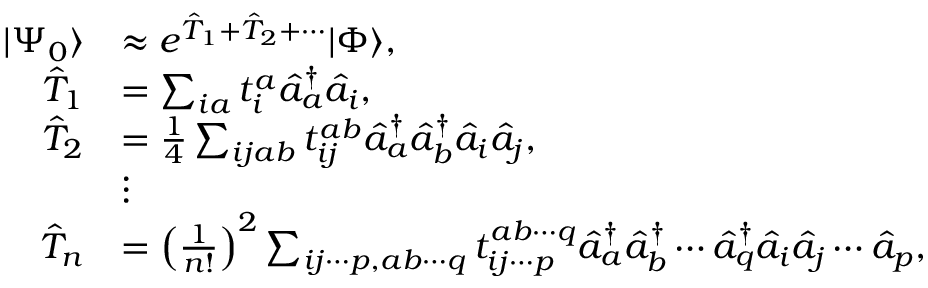
\begin{array} { r l } { | \Psi _ { 0 } \rangle } & { \approx e ^ { \hat { T } _ { 1 } + \hat { T } _ { 2 } + \cdots } | \Phi \rangle , } \\ { \hat { T } _ { 1 } } & { = \sum _ { i a } t _ { i } ^ { a } \hat { a } _ { a } ^ { \dagger } \hat { a } _ { i } , } \\ { \hat { T } _ { 2 } } & { = \frac { 1 } { 4 } \sum _ { i j a b } t _ { i j } ^ { a b } \hat { a } _ { a } ^ { \dagger } \hat { a } _ { b } ^ { \dagger } \hat { a } _ { i } \hat { a } _ { j } , } \\ & { \vdots } \\ { \hat { T } _ { n } } & { = \left( \frac { 1 } { n ! } \right) ^ { 2 } \sum _ { i j \cdots p , a b \cdots q } t _ { i j \cdots p } ^ { a b \cdots q } \hat { a } _ { a } ^ { \dagger } \hat { a } _ { b } ^ { \dagger } \cdots \hat { a } _ { q } ^ { \dagger } \hat { a } _ { i } \hat { a } _ { j } \cdots \hat { a } _ { p } , } \end{array}